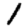
Digit: 1